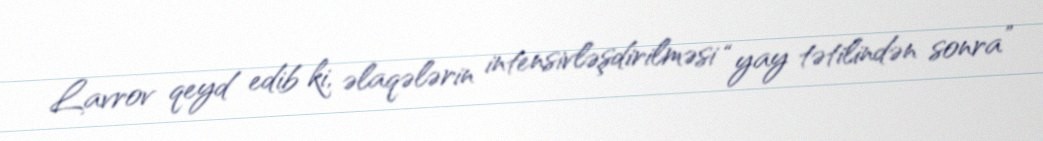
Lavrov qeyd edib ki, əlaqələrin intensivləşdirilməsi “yay tətilindən sonra”